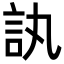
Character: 訙